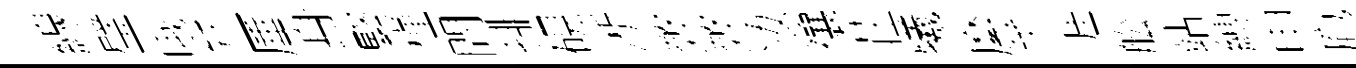
線璧哦弁厜身緊槿問排硯淅弊弊妆禳荘犧縻芊涯舩站縛申庖